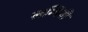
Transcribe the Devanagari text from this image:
लम्पिनी